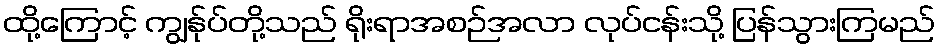
ထို့ကြောင့် ကျွန်ုပ်တို့သည် ရိုးရာအစဉ်အလာ လုပ်ငန်းသို့ ပြန်သွားကြမည်